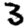
Digit: 3